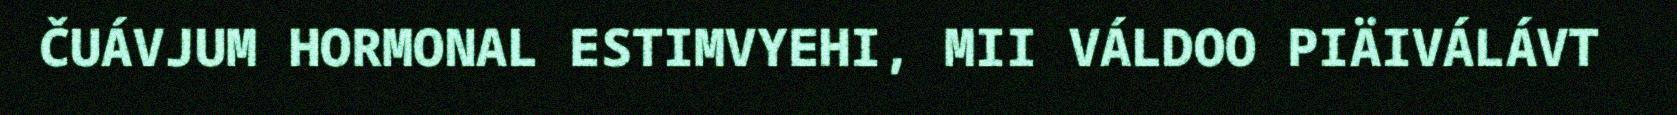
ČUÁVJUM HORMONAL ESTIMVYEHI, MII VÁLDOO PIÄIVÁLÁVT